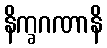
နိက္ခဂဏာနိ